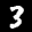
Label: 3